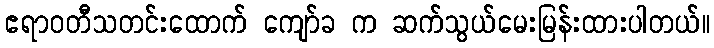
ဧရာဝတီသတင်းထောက် ကျော်ခ က ဆက်သွယ်မေးမြန်းထားပါတယ်။